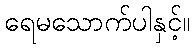
ရေမသောက်ပါနှင့်။